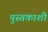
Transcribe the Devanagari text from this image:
पुस्तकाशी